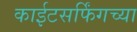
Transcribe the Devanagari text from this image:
काईटसर्फिंगच्या